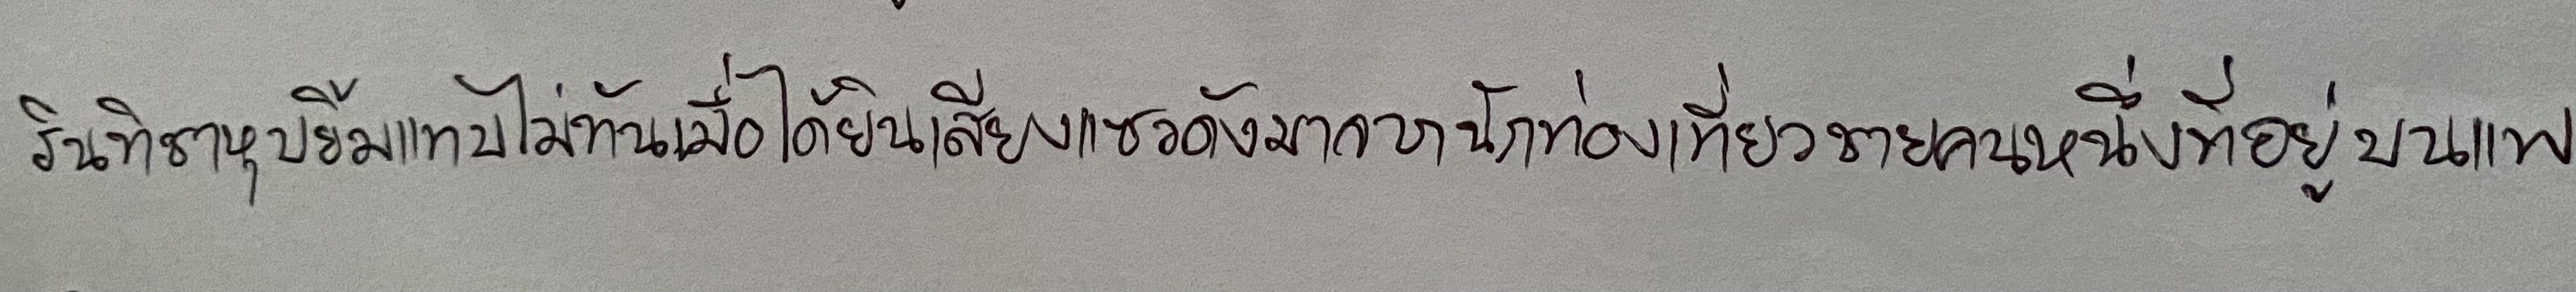
รินทิชาหุบยิ้มแทบไม่ทันเมื่อได้ยินเสียงแซวดังมาจากนักท่องเที่ยวชายคนหนึ่งที่อยู่บนแพ